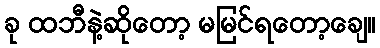
ခု ထဘီနဲ့ဆိုတော့ မမြင်ရတော့ချေ။